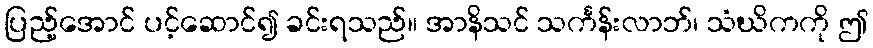
ပြည့်အောင် ပင့်ဆောင်၍ ခင်းရသည်။ အာနိသင် သင်္ကန်းလာဘ်၊ သံဃိကကို ဤ